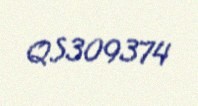
QS309374